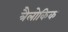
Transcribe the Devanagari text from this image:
त्रैलोकिक